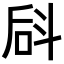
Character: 𪯬